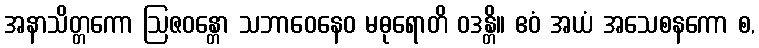
အနာသိတ္တကော ဩဇဝန္တော သဘာဝေနေဝ မဓုရောတိ ဝဒန္တိ။ ဧဝံ အယံ အသေစနကော စ,